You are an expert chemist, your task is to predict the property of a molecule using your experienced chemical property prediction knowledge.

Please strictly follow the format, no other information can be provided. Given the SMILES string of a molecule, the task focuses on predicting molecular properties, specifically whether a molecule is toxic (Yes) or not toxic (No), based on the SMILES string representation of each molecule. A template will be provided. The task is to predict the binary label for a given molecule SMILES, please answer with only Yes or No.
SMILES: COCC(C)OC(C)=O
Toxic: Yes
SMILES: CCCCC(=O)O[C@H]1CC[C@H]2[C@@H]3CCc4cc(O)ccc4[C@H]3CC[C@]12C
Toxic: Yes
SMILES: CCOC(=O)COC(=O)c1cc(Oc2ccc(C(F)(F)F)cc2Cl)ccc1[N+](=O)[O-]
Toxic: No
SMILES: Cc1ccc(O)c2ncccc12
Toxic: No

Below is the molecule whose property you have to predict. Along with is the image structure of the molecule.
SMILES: CN1CCN(C(c2ccccc2)c2ccc(Cl)cc2)CC1
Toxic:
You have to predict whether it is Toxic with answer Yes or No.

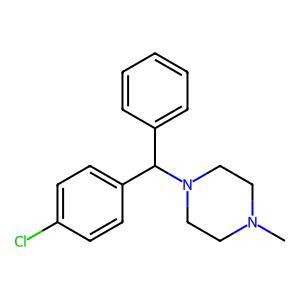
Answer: No